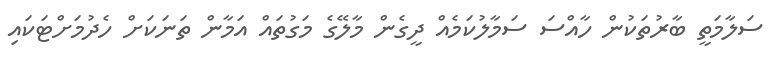
ސަލާމަތީ ބާރުތަކުން ހާއްސަ ސަމާލުކަމެއް ދީގެން މާލޭގެ މަގުތައް އަމާން ތަނަކަށް ހެދުމަށްޓަކައި